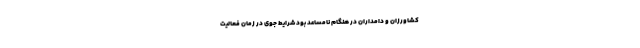
کشاورزان و دامداران در هنگام نامساعد بود شرایط جوی در زمان فعالیت